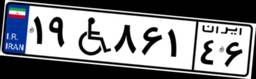
۱۹W۸۶۱۴۶